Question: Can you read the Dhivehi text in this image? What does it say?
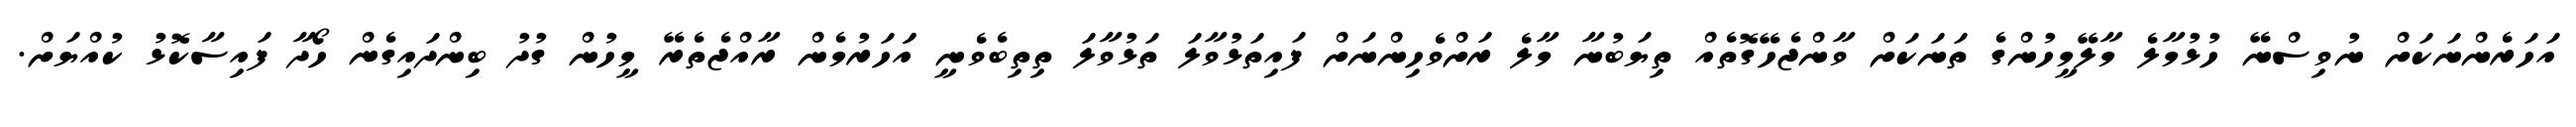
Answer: އަހަރެންނަކަށް ނުވިސްނޭ ހުޅުމާލެ މާލޭމީހުންގެ ތަނަކަށް ވާންޖެހޭގޮތެއް ތިޔަބުނާ މާލެ ރަށްވެހިންނަށް ފައިތަޅުވާލަ ތަޅުވާލަ ތިތިބެވެނީ އަަހަރުމެން ރާއްޖެތެރޭ މީހުން ގުދު ބިންދައިގެން ހޯދާ ފައިސާކޮޅު ކުއްޔަށް.